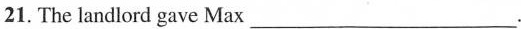
21. The landlord gave Max____.